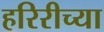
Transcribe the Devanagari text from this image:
हरिरीच्या